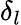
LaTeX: \delta_{l}